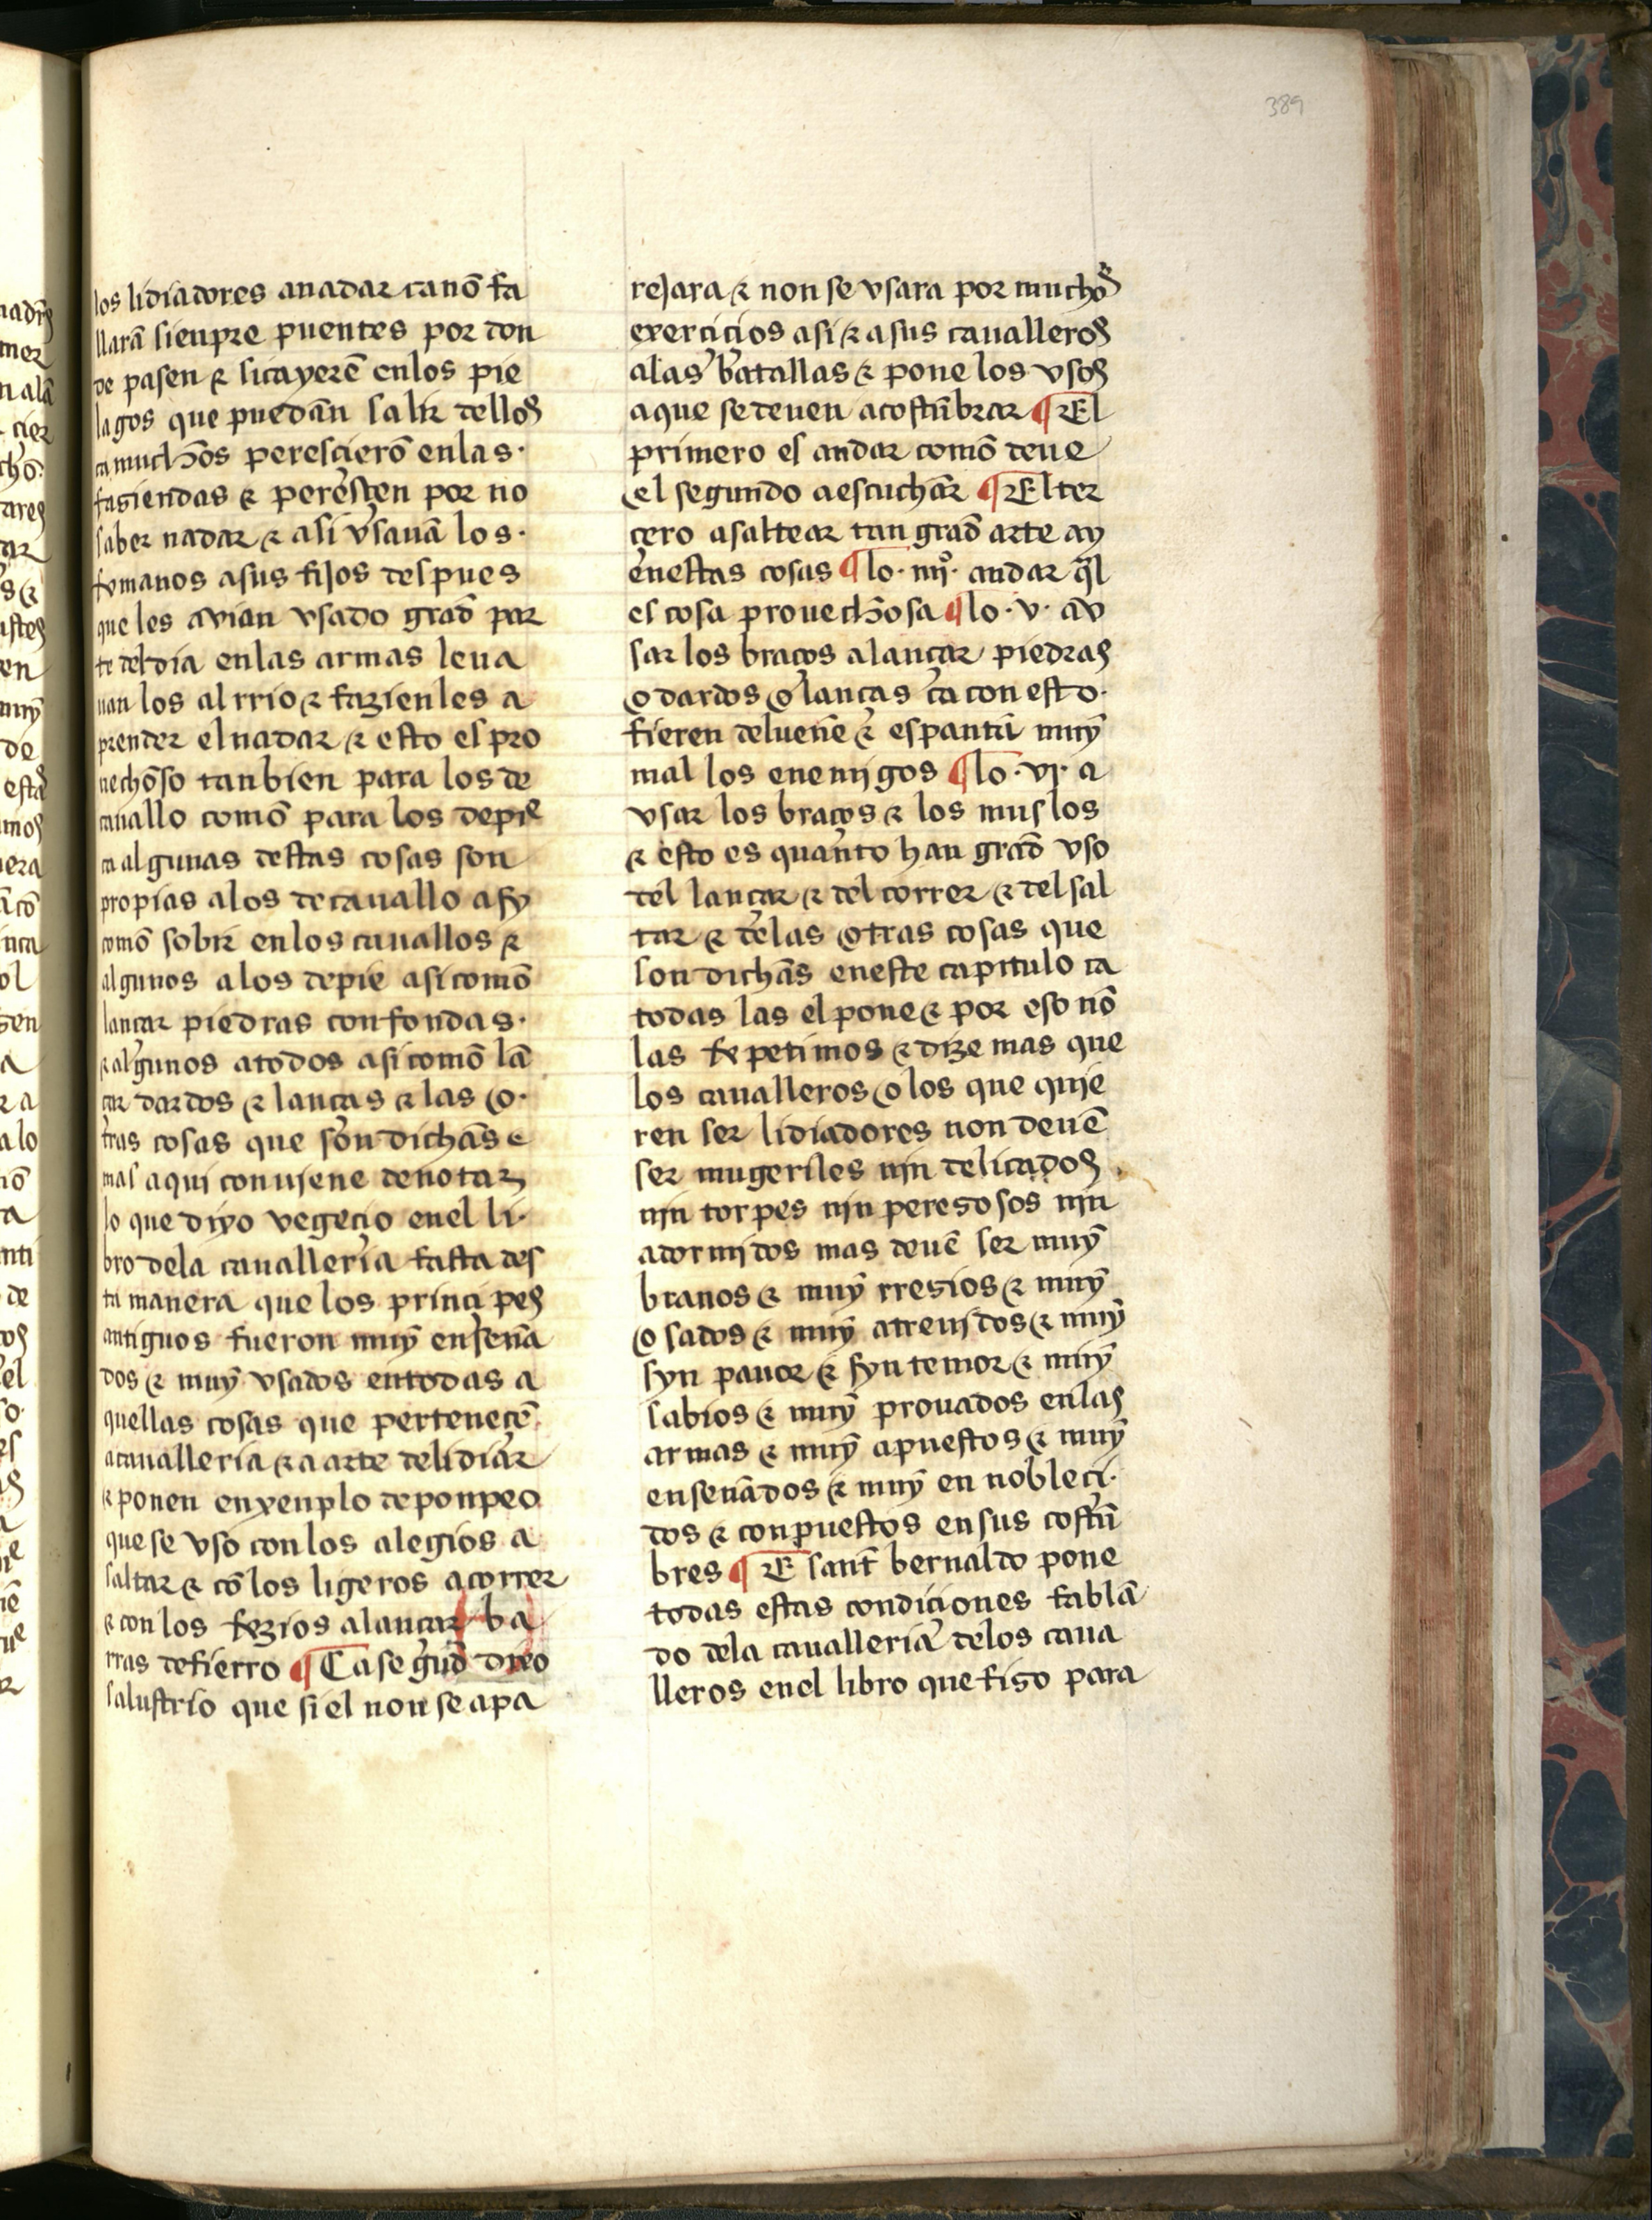
Shelfmark: Salamanca, Biblioteca Histórica USAL, 2709
Century: 15